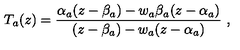
T _ { a } ( z ) = \frac { \alpha _ { a } ( z - \beta _ { a } ) - w _ { a } \beta _ { a } ( z - \alpha _ { a } ) } { ( z - \beta _ { a } ) - w _ { a } ( z - \alpha _ { a } ) } \ ,